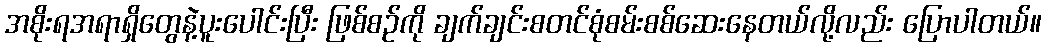
အစိုးရအရာရှိတွေနဲ့ပူးပေါင်းပြီး ဖြစ်စဉ်ကို ချက်ချင်းစတင်စုံစမ်းစစ်ဆေးနေတယ်လို့လည်း ပြောပါတယ်။